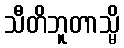
သီတိဘူတာသ္မိ